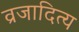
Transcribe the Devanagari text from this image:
व्रजादित्य